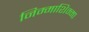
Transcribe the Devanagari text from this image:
निम्माशिम्मा